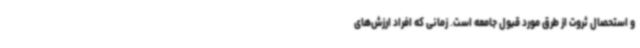
و استحصال ثروت از طرق مورد قبول جامعه است. زمانی که افراد ارزش‌های